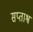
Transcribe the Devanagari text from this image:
सप्ताश्व